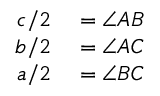
\begin{array} { r l } { c / 2 } & { { } = \angle A B } \\ { b / 2 } & { { } = \angle A C } \\ { a / 2 } & { { } = \angle B C \phantom { Z Z Z Z } } \end{array}